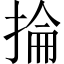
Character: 掄